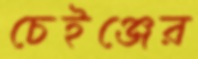
চেইঞ্জের